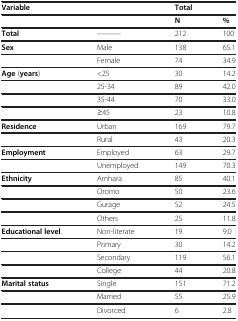
<table><thead><tr><td colspan="2"><b>Variable</b></td><td colspan="2"><b>Total</b></td></tr><tr><td><b> </b></td><td><b> </b></td><td><b>N</b></td><td><b>%</b></td></tr></thead><tbody><tr><td><b>Total</b></td><td>– – – – – –</td><td>212</td><td>100</td></tr><tr><td><b>Sex</b></td><td>Male</td><td>138</td><td>65.1</td></tr><tr><td> </td><td>Female</td><td>74</td><td>34.9</td></tr><tr><td><b>Age</b> (<b>years</b>)</td><td>&lt;25</td><td>30</td><td>14.2</td></tr><tr><td> </td><td>25-34</td><td>89</td><td>42.0</td></tr><tr><td> </td><td>35-44</td><td>70</td><td>33.0</td></tr><tr><td> </td><td>≥45</td><td>23</td><td>10.8</td></tr><tr><td><b>Residence</b></td><td>Urban</td><td>169</td><td>79.7</td></tr><tr><td> </td><td>Rural</td><td>43</td><td>20.3</td></tr><tr><td><b>Employment</b></td><td>Employed</td><td>63</td><td>29.7</td></tr><tr><td> </td><td>Unemployed</td><td>149</td><td>70.3</td></tr><tr><td><b>Ethnicity</b></td><td>Amhara</td><td>85</td><td>40.1</td></tr><tr><td> </td><td>Oromo</td><td>50</td><td>23.6</td></tr><tr><td> </td><td>Gurage</td><td>52</td><td>24.5</td></tr><tr><td> </td><td>Others</td><td>25</td><td>11.8</td></tr><tr><td><b>Educational level</b></td><td>Non-literate</td><td>19</td><td>9.0</td></tr><tr><td> </td><td>Primary</td><td>30</td><td>14.2</td></tr><tr><td> </td><td>Secondary</td><td>119</td><td>56.1</td></tr><tr><td> </td><td>College</td><td>44</td><td>20.8</td></tr><tr><td><b>Marital status</b></td><td>Single</td><td>151</td><td>71.2</td></tr><tr><td> </td><td>Married</td><td>55</td><td>25.9</td></tr><tr><td> </td><td>Divorced</td><td>6</td><td>2.8</td></tr></tbody></table>